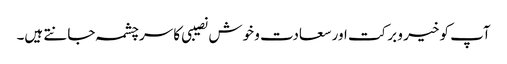
آپ کو خیر و برکت اور سعادت و خوش نصیبی کا سرچشمہ جانتے ہیں۔